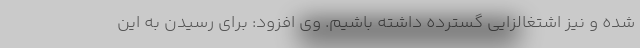
شده و نیز اشتغالزایی گسترده داشته باشیم. وی افزود: برای رسیدن به این